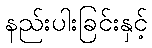
နည်းပါးခြင်းနှင့်